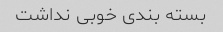
بسته بندی خوبی نداشت